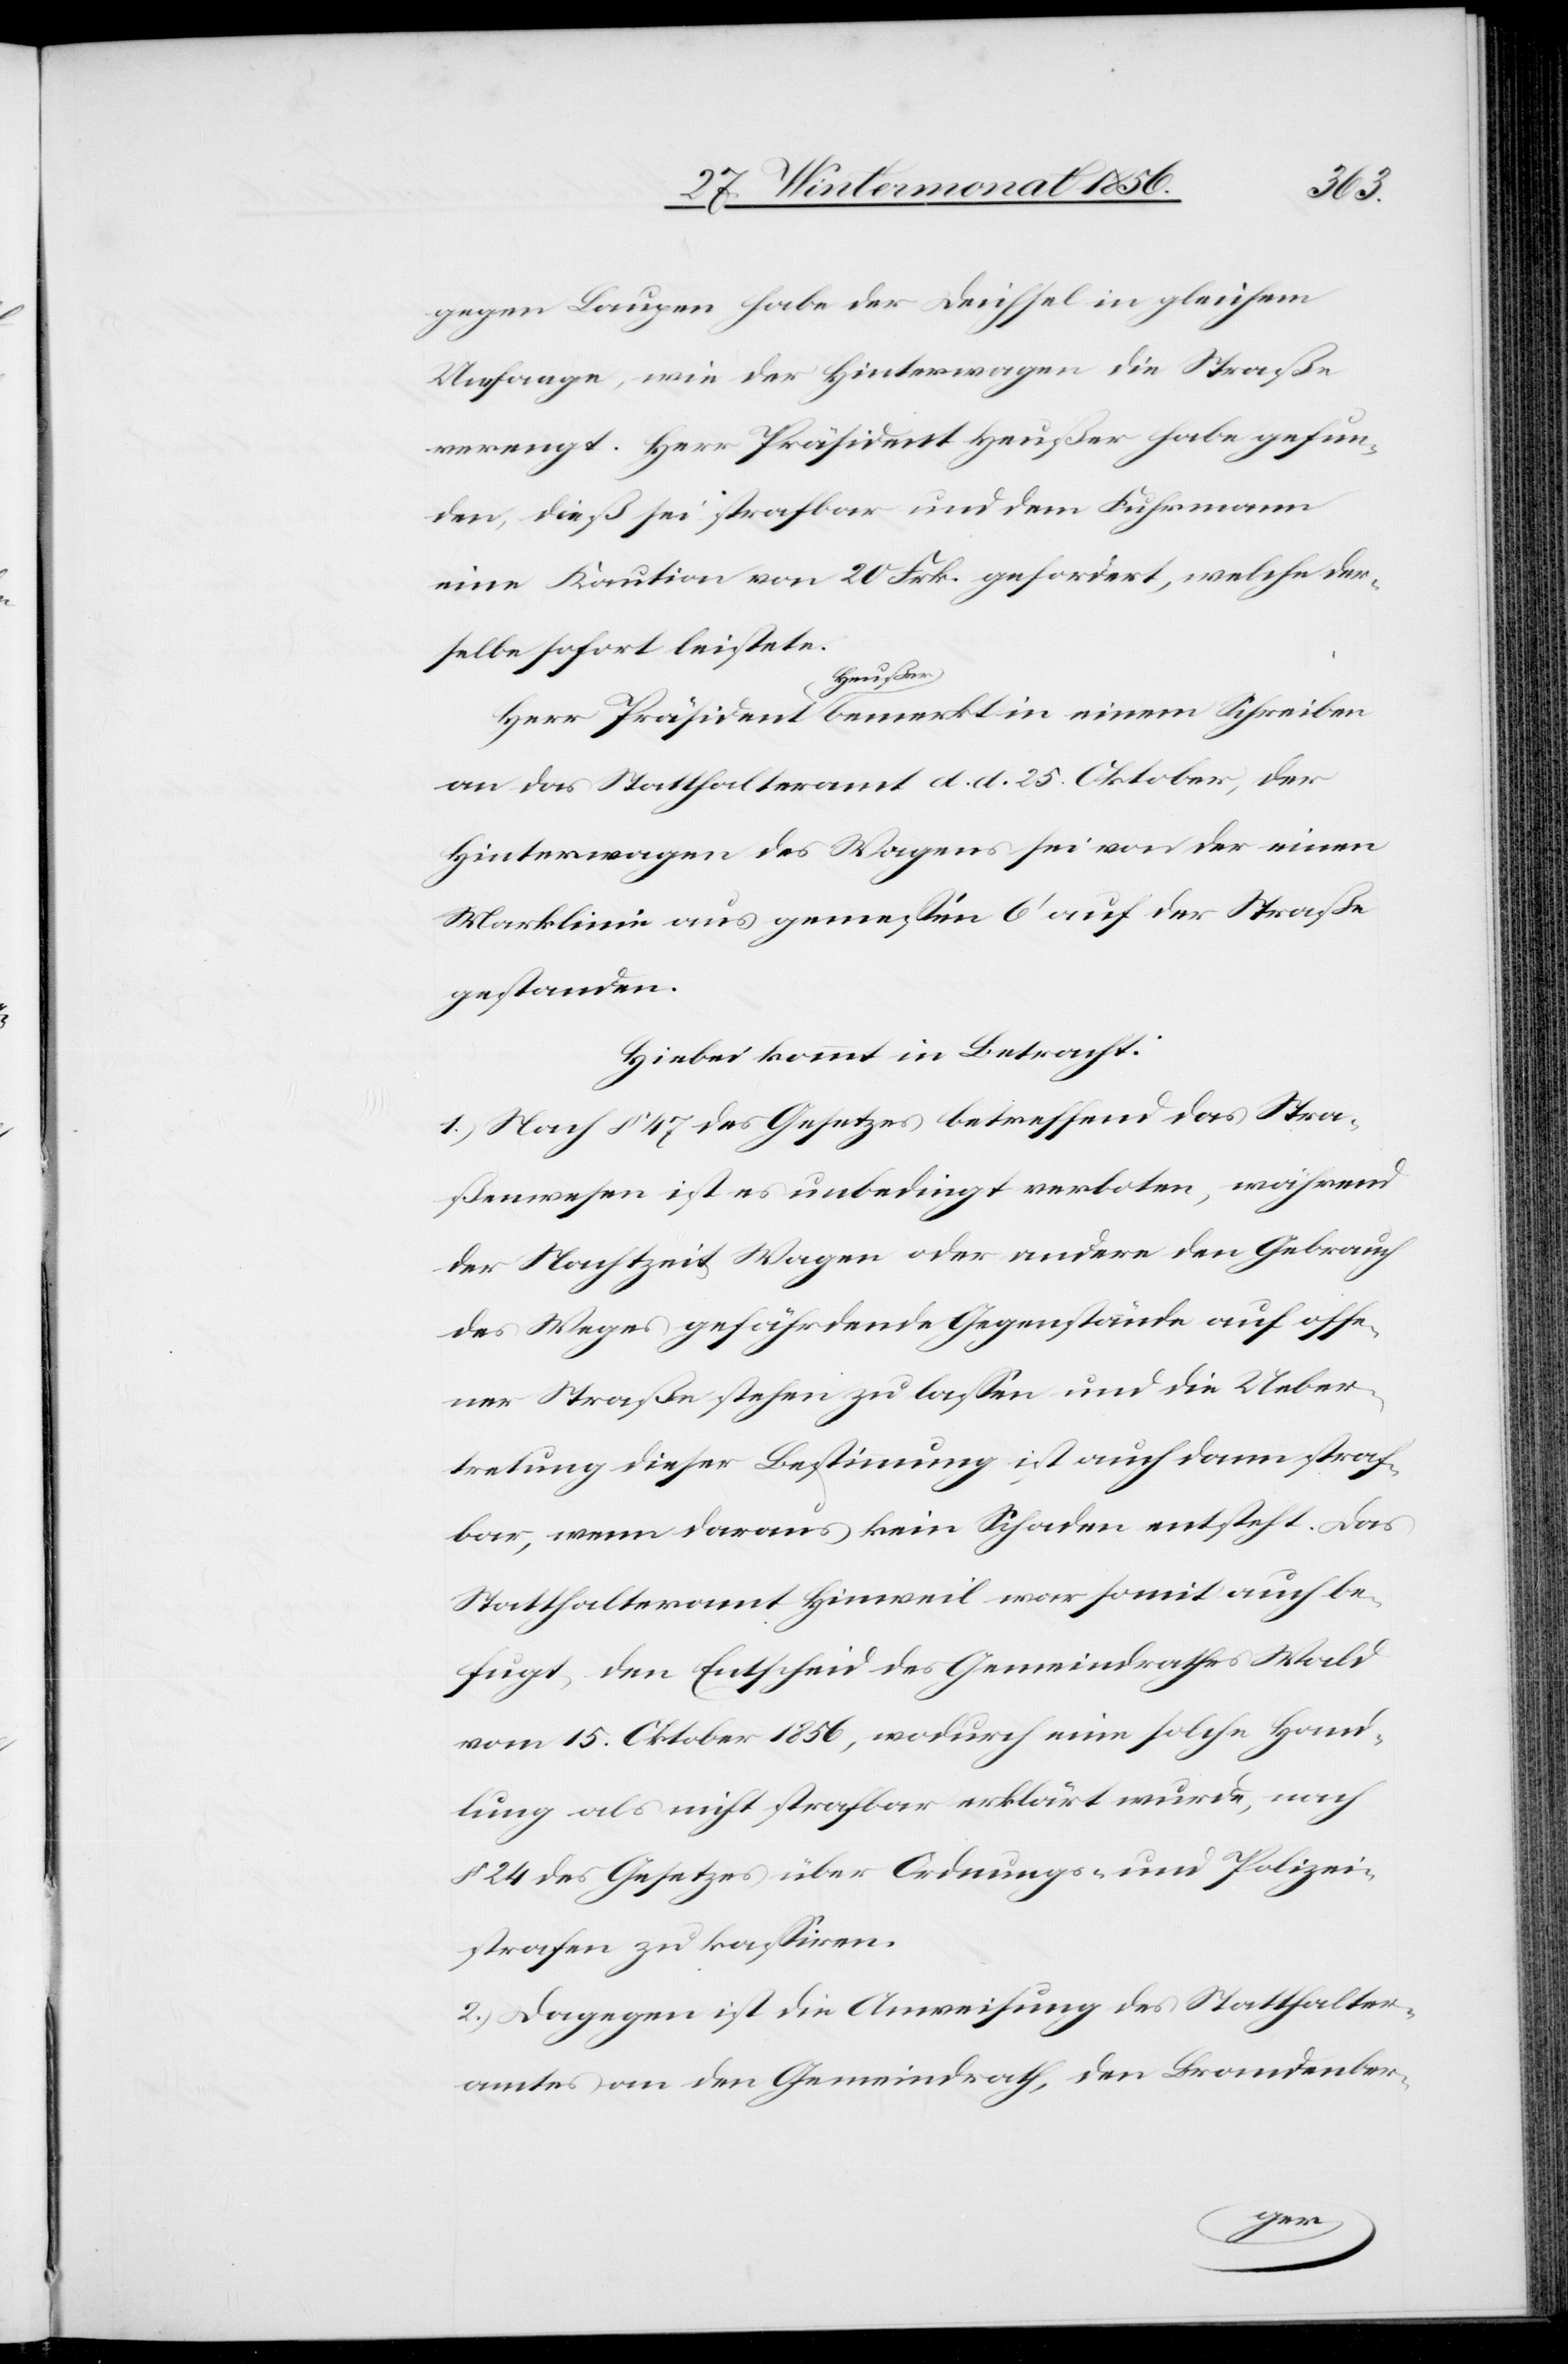
gegen Laupen habe der Deichsel in gleichem
Umfange, wie der Hinterwagen die Straße
verengt. Herr Präsident Heußer habe gefun¬
den, dieß sei strafbar und dem Fuhrmann
eine Kaution von 20 Frk. gefordert, welche der¬
selbe sofort leistete.
Herr Präsident a-Heußer-a bemerkt in einem Schreiben
an das Statthalteramt d. d. 25. Oktober, der
Hinterwagen des Wagens sei von der einen
Marklinie aus gemessen 6' auf der Straße
gestanden.
Hiebei kommt in Betracht:
1.) Nach § 47 des Gesetzes betreffend das Stra¬
ßenwesen ist es unbedingt verboten, während
der Nachtzeit Wagen oder andere den Gebrauch
des Weges gefährdende Gegenstände auf offe¬
ner Straße stehen zu lassen und die Ueber¬
tretung dieser Bestimmung ist auch dann straf¬
bar, wenn daraus kein Schaden entsteht. Das
Statthalteramt Hinweil war somit auch be¬
fugt, den Entscheid des Gemeindrathes Wald
vom 15. Oktober 1856, wodurch eine solche Hand¬
lung als nicht strafbar erklärt wurde, nach
§ 24 des Gesetzes über Ordnungs- und Polizei¬
strafen zu kassiren.
2.) Dagegen ist die Anweisung des Statthalter¬
amtes an den Gemeindrath, den Brandenber-